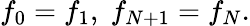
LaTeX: f_{0}=f_{1},\; f_{N+1}=f_{N}.